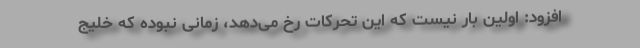
افزود: اولین بار نیست که این تحرکات رخ می‌دهد، زمانی نبوده که خلیج